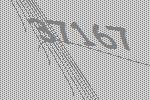
37167